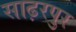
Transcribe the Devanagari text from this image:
साढ़रपुर